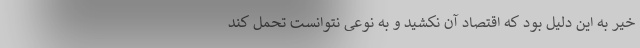
خیر به این دلیل بود که اقتصاد آن نکشید و به نوعی نتوانست تحمل کند